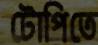
টোপিতে